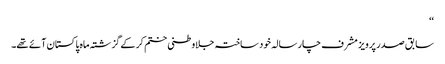
‘‘
سابق صدر پرویز مشرف چار سالہ خود ساختہ جلاوطنی ختم کر کے گزشتہ ماہ پاکستان آئے تھے۔